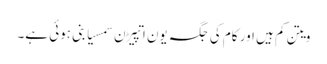
ویتن کم ہیں اور کام کی جگہ یون اتپیڑن سمسیا بنی ہوئی ہے۔